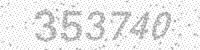
Solution: 353740